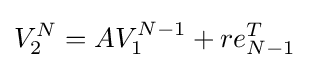
V_{2}^{N}=AV_{1}^{N-1}+re_{N-1}^{T}